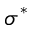
\sigma ^ { * }